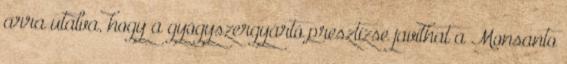
arra utalva, hogy a gyógyszergyártó presztízse javíthat a Monsanto